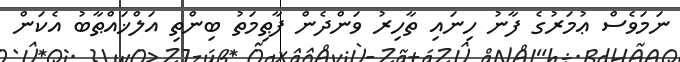
ނަމަވެސް ޢުމަރުގެ ފާނު ހިނައި ތާހިރު ވަންދެން ފާޠިމަތު ބިންތި އަލްޚައްޠާބު އެކަން